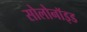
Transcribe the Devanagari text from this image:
सोलोनॉइड